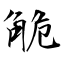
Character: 觤